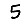
Digit: 5